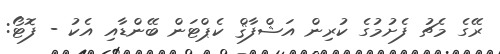
ރޭގެ މެޗު ފެށުމުގެ ކުރިން އަޝްފާޤް ކެޕްޓަން ބޭންޑާއި އެކު - ފޮޓޯ: